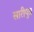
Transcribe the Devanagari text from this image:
सारीपुत्र